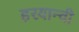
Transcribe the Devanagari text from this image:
हरयान्वी